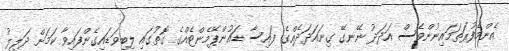
އެންމެފުރަތަމައިނުންވެސް އަދަދު ނޭނގޭ ގިނައަދަދެއްގެ ފައިސާ ޑައުންޕޭމެންޓެއްގެ ގޮތުގައި ލިބިވަޑައިގެންފައިވާ ކަމަށް ދަލީލު